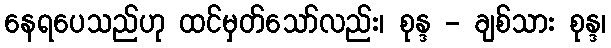
နေရပေသည်ဟု ထင်မှတ်သော်လည်း၊ စုန္ဒ - ချစ်သား စုန္ဒ၊